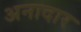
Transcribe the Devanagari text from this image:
अनादार